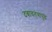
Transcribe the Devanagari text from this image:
दबावतंत्रापुढे